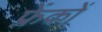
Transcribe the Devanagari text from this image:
फ्रेंकों